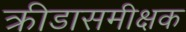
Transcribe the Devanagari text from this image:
क्रीडासमीक्षक